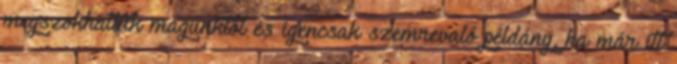
megszokhattuk magunktól és igencsak szemrevaló példány, ha már itt